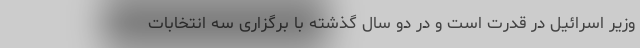
وزیر اسرائیل در قدرت است و در دو سال گذشته با برگزاری سه انتخابات